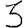
Digit: 3